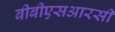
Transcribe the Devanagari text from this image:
बीबीएसआरसी